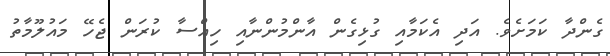
ގެންދާ ކަމަށެވެ. އަދި އެކަމާއި ގުޅިގެން އާންމުންނާއި ހިއްސާ ކުރަން ޖެހޭ މައުލޫމާތު